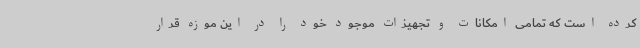
کرده است که تمامی امکانات و تجهیزات موجود خود را در این موزه قرار